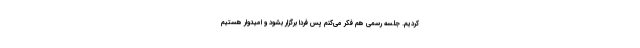
کردیم. جلسه رسمی هم فکر می‌کنم پس فردا برگزار بشود و امیدوار هستیم